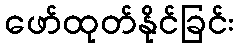
ဖော်ထုတ်နိုင်ခြင်း